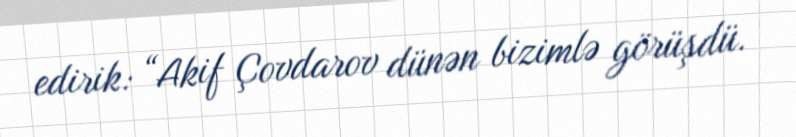
edirik: “Akif Çovdarov dünən bizimlə görüşdü.